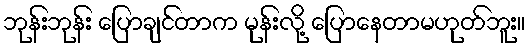
ဘုန်းဘုန်း ပြောချင်တာက မုန်းလို့ ပြောနေတာမဟုတ်ဘူး။